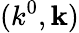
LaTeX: (k^{0},\mathbf{k})